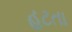
હટતા